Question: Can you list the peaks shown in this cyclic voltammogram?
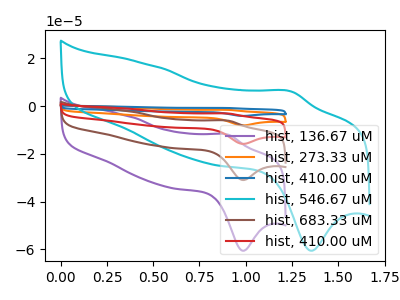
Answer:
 <answer>The purple curve "hist, 136.67 uM" has an anodic peak at (0.90V, -12.10uA) and a cathodic peak at (1.00V, -60.60uA). The orange curve "hist, 273.33 uM" has an anodic peak at (0.90V, -18.60uA) and a cathodic peak at (1.00V, -93.00uA). The blue curve "hist, 410.00 uM" has an anodic peak at (0.90V, -24.80uA) and a cathodic peak at (1.00V, -123.95uA). The cyan curve "hist, 546.67 uM" has an anodic peak at (1.25V, 6.00uA) and a cathodic peak at (1.35V, -60.60uA). The brown curve "hist, 683.33 uM" has an anodic peak at (0.90V, -6.20uA) and a cathodic peak at (1.00V, -31.00uA). The red curve "hist, 410.00 uM" has an anodic peak at (0.90V, -12.40uA) and a cathodic peak at (1.00V, -62.00uA).</answer>
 <eval></eval>